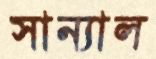
সান্যাল